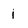
Character: i